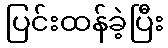
ပြင်းထန်ခဲ့ပြီး